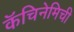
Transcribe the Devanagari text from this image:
कॅचिनेमिची